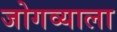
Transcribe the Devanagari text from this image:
जोगव्याला